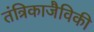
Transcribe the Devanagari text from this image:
तंत्रिकाजैविकी